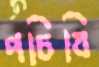
পচিবি